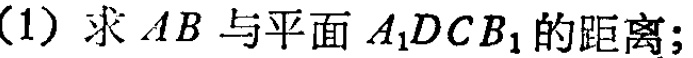
(1) 求 \(AB\) 与平面 \(A_{1}DCB_{1}\) 的距离；